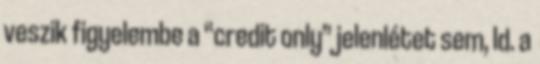
veszik figyelembe a “credit only” jelenlétet sem, ld. a